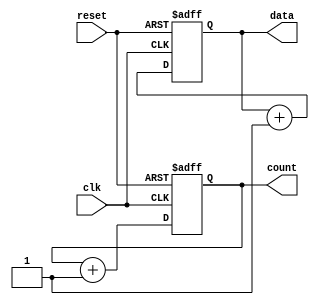
module initialization_example (
    input wire clk,        // Clock input
    input wire reset,      // Reset input
    output reg [7:0] data, // 8-bit data register
    output reg [3:0] count // 4-bit counter register
);

// Initialization Block
initial begin
    // Initialize registers to predefined values
    data = 8'b00000000;   // Initialize data register to 0
    count = 4'b0000;      // Initialize count register to 0
end

// Sequential logic for counter
always @(posedge clk or posedge reset) begin
    if (reset) begin
        // On reset, set registers to reset conditions
        data <= 8'b00000000; // Reset data register to 0
        count <= 4'b0000;    // Reset counter register to 0
    end else begin
        // Normal operation: Increment counter
        count <= count + 1;  // Increment count register
        // Example operation on data register
        data <= data + 1;     // Increment data register
    end
end

endmodule